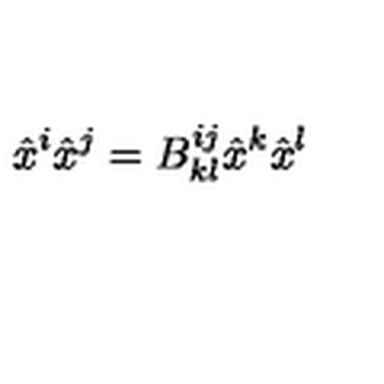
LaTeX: \hat { x } ^ { i } \hat { x } ^ { j } = B _ { k l } ^ { i j } \hat { x } ^ { k } \hat { x } ^ { l } \nonumber